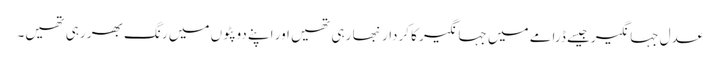
عدلِ جہانگیرجیسے ڈرامے میں جہانگیر کا کردار نبھا رہی تھیں اور اپنے دوپٹوں میں رنگ بھر رہی تھیں۔